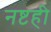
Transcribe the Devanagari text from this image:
नष्टही